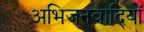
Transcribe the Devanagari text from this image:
अभिजनवादियों